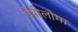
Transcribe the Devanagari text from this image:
पैपीलोमा